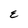
Character: E